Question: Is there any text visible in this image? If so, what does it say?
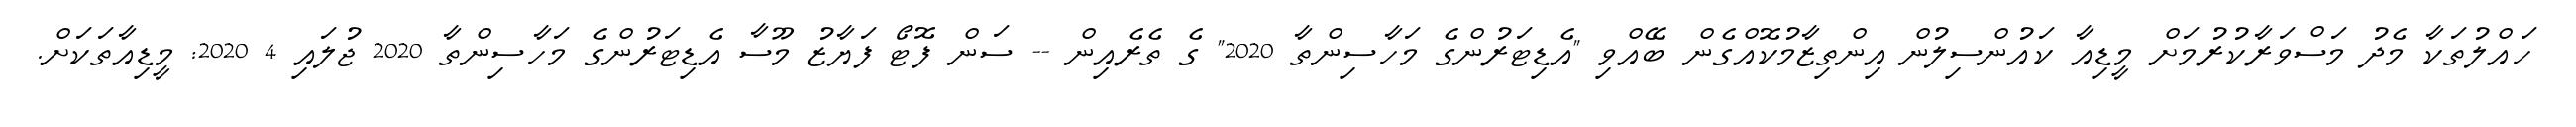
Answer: ހައްލުތަކާ މެދު މަސްވަރާކުރުމަށް މީޑިއާ ކައުންސިލުން އިންތިޒާމުކޮއްގެން ބޭއްވި "އެޑިޓަރުންގެ މަހާސިންތާ 2020" ގެ ތެރެއިން -- ސަން ފޮޓޯ ފަޔާޒު މޫސާ އެޑިޓަރުންގެ މަހާސިންތާ 2020 ޖުލައި 4 2020: މީޑިއާތަކަށް.